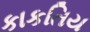
કાકતિય